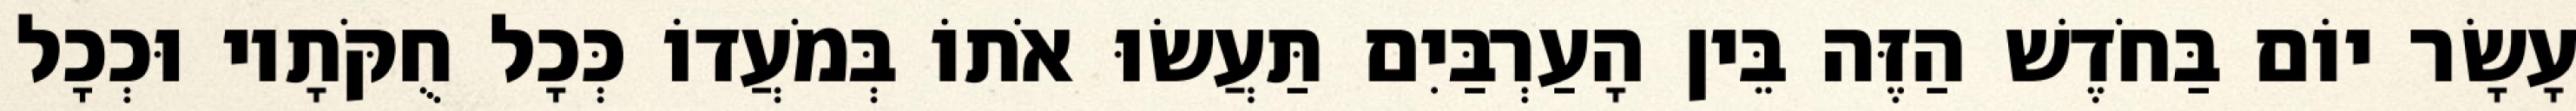
עָשָׂר יוֹם בַּחֹדֶשׁ הַזֶּה בֵּין הָעַרְבַּיִם תַּעֲשׂוּ אֹתוֹ בְּמֹעֲדוֹ כְּכָל חֻקֹּתָיו וּכְכָל